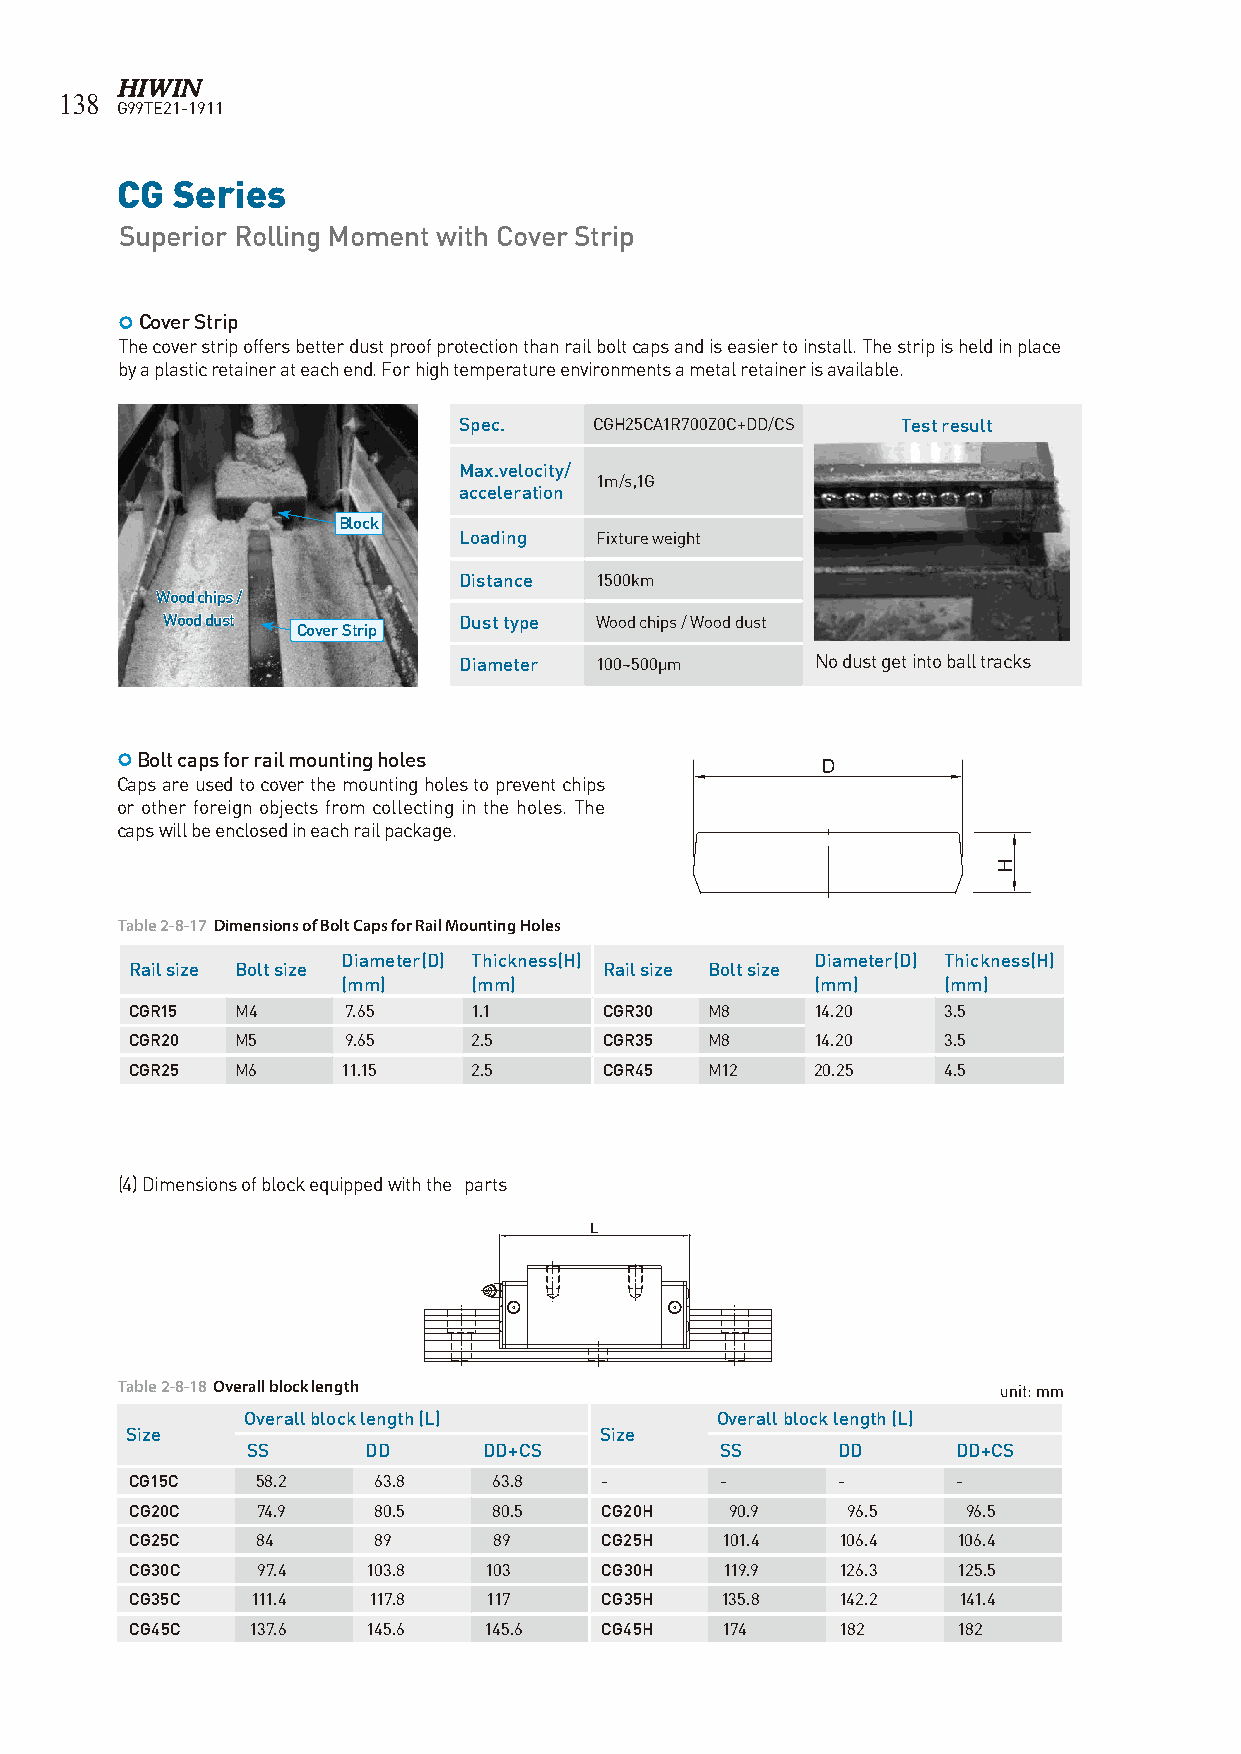
138
 G99TE21-1911
 CG Series
 Superior Rolling Moment with Cover Strip
  Cover Strip
 The cover strip offers better dust proof protection than rail bolt caps and is easier to install. The strip is held in place
 by a plastic retainer at each end. For high temperature environments a metal retainer is available.
 Spec.    CGH25CA1R700Z0C+DD/CS Test result
 Max.velocity/
 1m/s,1G
 acceleration
 Block
 Loading  Fixture weight
 Distance 1500km
 Wood chips /
 Wood dust          Dust type Wood chips / Wood dust
 Cover Strip
 Diameter 100~500μm      No dust get into ball tracks
  Bolt caps for rail mounting holes
 Caps are used to cover the mounting holes to prevent chips
 or other foreign objects from collecting in the holes. The
 caps will be enclosed in each rail package.
 Table 2-8-17 Dimensions of Bolt Caps for Rail Mounting Holes
 Diameter(D) Thickness(H)       Diameter(D) Thickness(H)
 Rail size Bolt size            Rail size Bolt size
 (mm)    (mm)                   (mm)    (mm)
 CGR15  M4     7.65    1.1      CGR30  M8     14.20   3.5
 CGR20  M5     9.65    2.5      CGR35  M8     14.20   3.5
 CGR25  M6     11.15   2.5      CGR45  M12    20.25   4.5
 (4) Dimensions of block equipped with the parts
 L
 Table 2-8-18 Overall block length                         unit: mm
 Overall block length (L)       Overall block length (L)
 Size                            Size
 SS      DD      DD+CS           SS     DD      DD+CS
 CG15C   58.2    63.8    63.8   -       -      -       -
 CG20C   74.9    80.5    80.5   CG20H   90.9    96.5    96.5
 CG25C   84      89      89     CG25H   101.4   106.4  106.4
 CG30C   97.4   103.8   103     CG30H   119.9   126.3  125.5
 CG35C   111.4  117.8   117     CG35H   135.8  142.2   141.4
 CG45C   137.6  145.6   145.6   CG45H   174     182    182